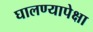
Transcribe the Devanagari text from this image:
घालण्यापेक्षा